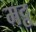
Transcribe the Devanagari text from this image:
मट्ठ